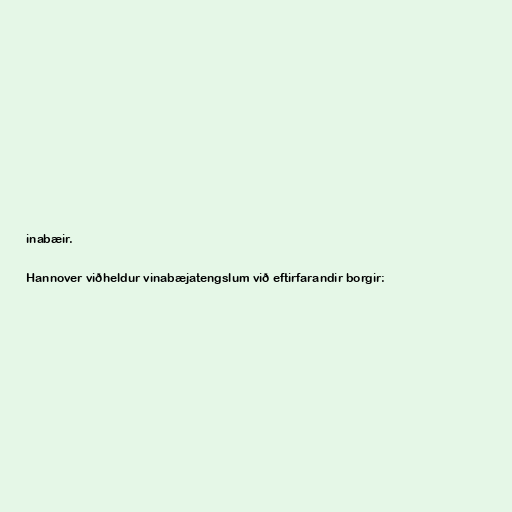
inabæir.

Hannover viðheldur vinabæjatengslum við eftirfarandir borgir: